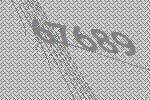
67689